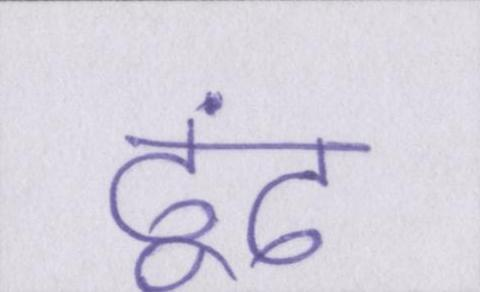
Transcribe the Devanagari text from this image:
ढूंढ